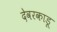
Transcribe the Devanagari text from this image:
देवरकाडू